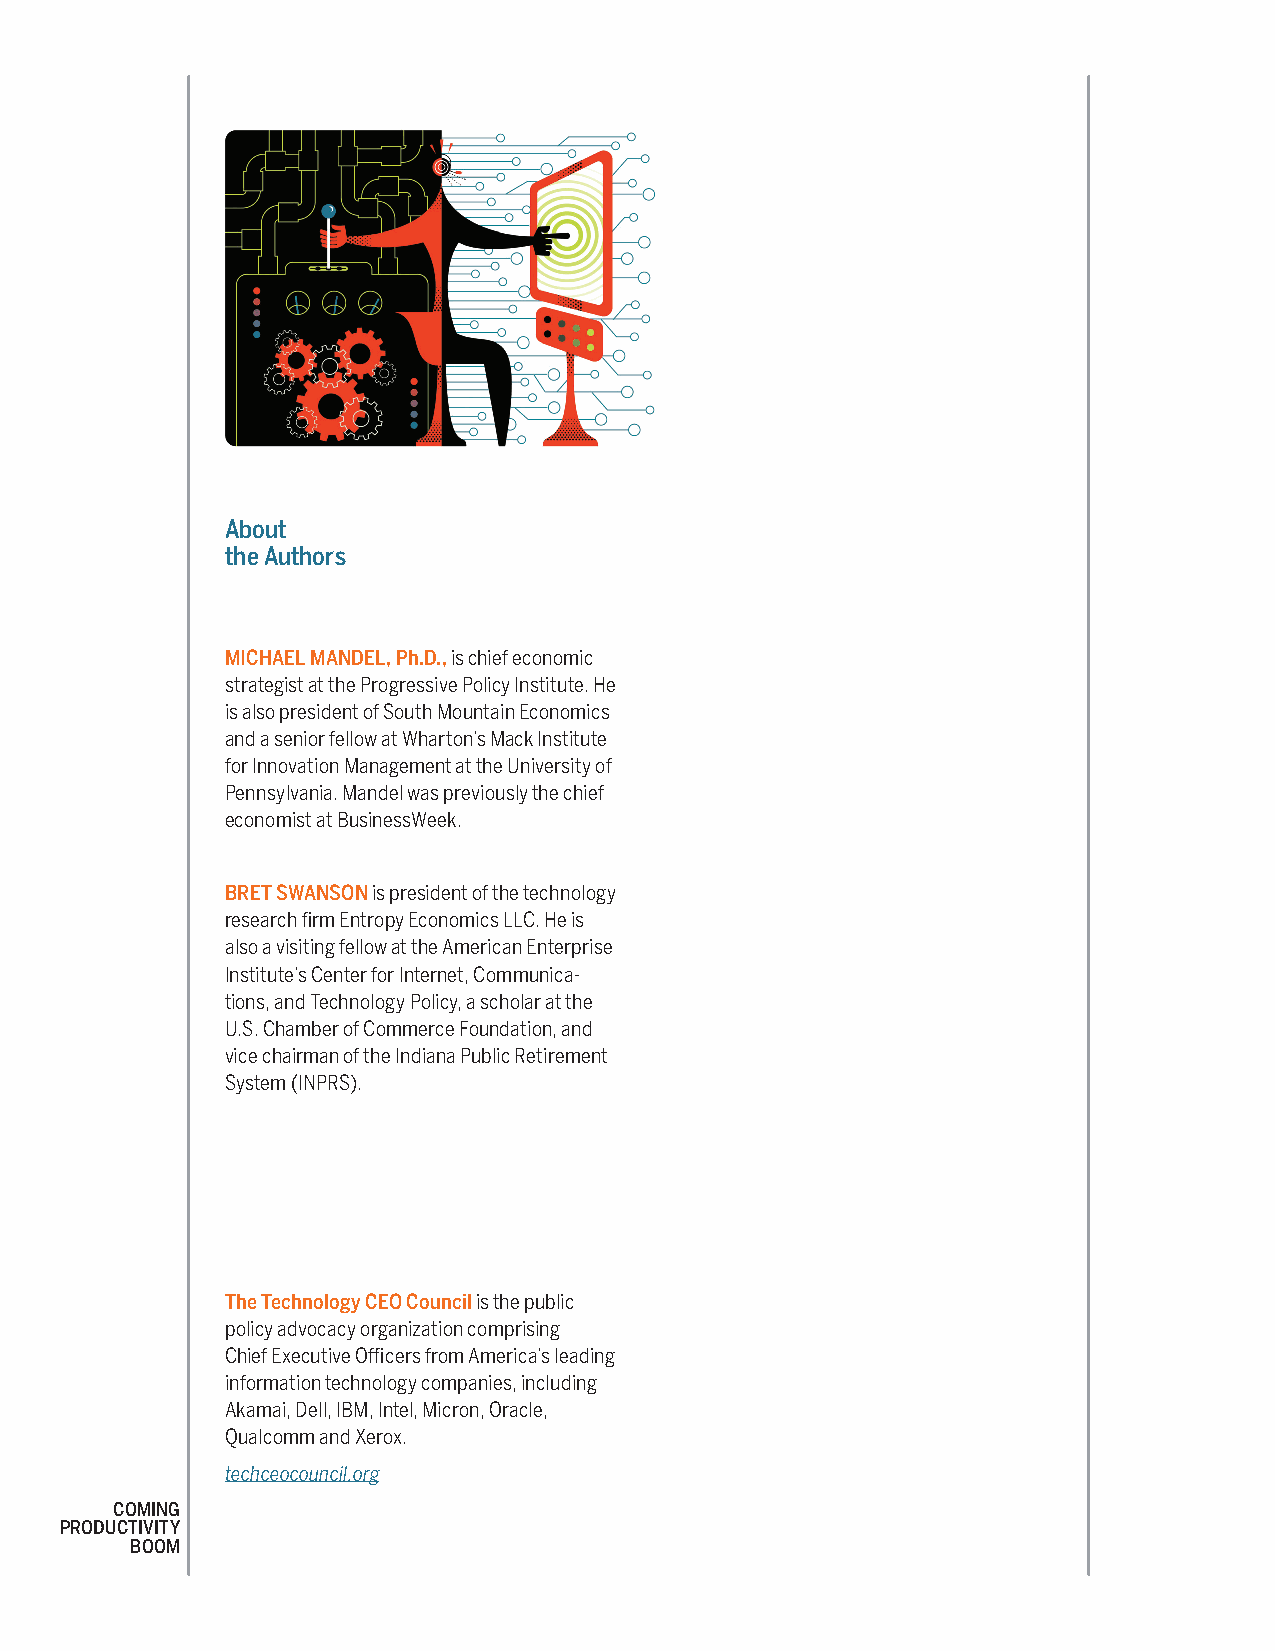
About
 the Authors
 MICHAEL MANDEL, Ph.D., is chief economic
 strategist at the Progressive Policy Institute. He
 is also president of South Mountain Economics
 and a senior fellow at Wharton’s Mack Institute
 for Innovation Management at the University of
 Pennsylvania. Mandel was previously the chief
 economist at BusinessWeek.
 BRET SWANSON is president of the technology
 research firm Entropy Economics LLC. He is
 also a visiting fellow at the American Enterprise
 Institute’s Center for Internet, Communica-
 tions, and Technology Policy, a scholar at the
 U.S. Chamber of Commerce Foundation, and
 vice chairman of the Indiana Public Retirement
 System (INPRS).
 The Technology CEO Council is the public
 policy advocacy organization comprising
 Chief Executive Officers from America’s leading
 information technology companies, including
 Akamai, Dell, IBM, Intel, Micron, Oracle,
 Qualcomm and Xerox.
 techceocouncil.org
 COMING
 PRODUCTIVITY
 BOOM